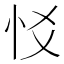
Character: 㤊